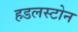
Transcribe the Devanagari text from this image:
हडलस्टोन